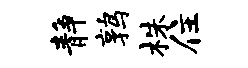
静鹑株住